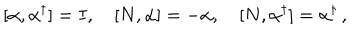
[ \alpha , \alpha ^ { \dagger } ] = I , \quad [ N , \alpha ] = - \alpha , \quad [ N , \alpha ^ { \dagger } ] = \alpha ^ { \dagger } \, { , }